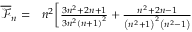
\begin{array} { r l } { \overline { { \mathcal { F } } } _ { n } = } & { { } n ^ { 2 } \bigg [ \frac { 3 n ^ { 2 } + 2 n + 1 } { 3 n ^ { 2 } \left( n + 1 \right) ^ { 2 } } + \frac { n ^ { 2 } + 2 n - 1 } { \left( n ^ { 2 } + 1 \right) ^ { 2 } \left( n ^ { 2 } - 1 \right) } } \end{array}